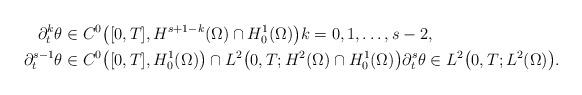
LaTeX: \begin{align*}\partial_{t}^{k} \theta &\in C^{0}\big([0, T], H^{s + 1 - k}(\Omega) \cap H^{1}_{0}(\Omega)\big) k = 0, 1, \dots, s - 2, \\\partial_{t}^{s - 1} \theta &\in C^{0}\big([0, T], H^{1}_{0}(\Omega)\big) \cap L^{2}\big(0, T; H^{2}(\Omega) \cap H^{1}_{0}(\Omega)\big) \partial_{t}^{s} \theta \in L^{2}\big(0, T; L^{2}(\Omega)\big). \end{align*}